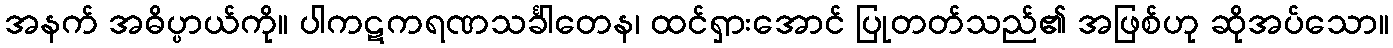
အနက် အဓိပ္ပာယ်ကို။ ပါကဋကရဏသင်္ခါတေန၊ ထင်ရှားအောင် ပြုတတ်သည်၏ အဖြစ်ဟု ဆိုအပ်သော။